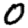
Digit: 0